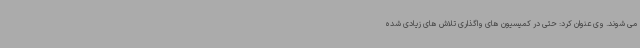
می شوند. وی عنوان کرد: حتی در کمیسیون های واگذاری تلاش های زیادی شده